Lunatic asylums Central Provinces reports 1874-1885 - 1874-1885
Year: 1874
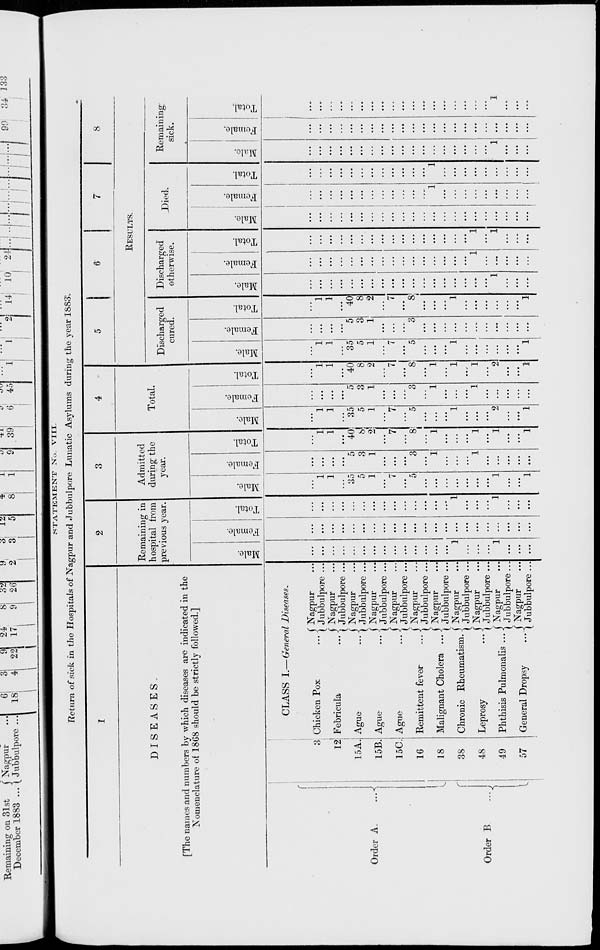
STATEMENT No. VIII.
Return of sick in the Hospitals of Nagpur and Jubbulpore Lunatic Asylums during the year 1883.
1
DISEASES.
[The names and numbers by which diseases are indicated in the
Nomenclature of 1868 should be strictly followed.]
Order A. ...
Order B ...
3
12
15A.
15B.
15C.
16
18
38
48
49
57
CLASS I.—General Diseases.
Chicken Pox ...
Febricula
...
Ague
...
Ague ...
Ague ...
Remittent fever
...
Malignant Cholera ...
Chronic Rheumatism.
Leprosy
...
Phthisis Pulmonalis ...
General Dropsy
...
Nagpur ...
Jubbulpore ...
Nagpur ...
Jubbulpore ...
Nagpur ...
Jubbulpore ...
Nagpur ...
Jubbulpore ...
Nagpur ...
Jubbulpore ...
Nagpur ...
Jubbulpore ...
Nagpur ...
Jubbulpore ...
Nagpur ...
Jubbulpore ...
Nagpur ...
Jubbulpore ...
Nagpur ...
Jubbulpore...
Nagpur ...
Jubbulpore ...
2
Remaining in
hospital from
previous year.
Male.
...
...
...
...
...
...
...
...
...
...
...
...
...
...
1
...
...
...
1
...
...
...
Female.
...
...
...
...
...
...
...
...
...
...
...
...
...
...
...
...
...
...
...
...
...
...
Total.
...
...
...
...
...
...
...
...
...
...
...
...
...
...
1
...
...
...
1
...
...
...
3
Admitted
during the
year.
Male.
...
1
1
...
35
5
1
...
7
...
5
...
...
...
...
...
...
...
1
...
...
1
Female.
...
...
...
...
5
3
1
...
...
...
3
...
1
...
...
...
1
...
...
...
...
...
Total.
...
1
1
...
40
8
2
...
7
...
8
...
1
...
...
...
1
...
1
...
...
1
4
Total.
Male.
...
1
1
...
35
5
1
...
7
...
5
...
...
...
1
...
...
...
2
...
...
1
Female.
...
...
...
...
5
3
1
...
...
...
3
...
1
...
...
...
1
...
...
...
...
...
Total.
...
1
1
...
40
8
2
....
7
...
8
...
1
...
1
...
1
...
2
....
...
1
5
6
7
8
RESULTS.
Discharged
cured.
Male.
...
1
1
...
35
5
1
...
7
...
5
...
...
...
1
...
...
...
...
...
...
1
Female.
...
...
...
...
5
3
1
...
...
...
3
...
...
...
...
...
...
...
....
...
...
...
Total.
...
1
1
...
40
8
2
...
7
...
8
...
...
...
1
...
...
...
...
...
...
1
Discharged
otherwise.
Male.
...
...
...
...
...
...
...
...
...
...
...
...
...
...
...
...
...
...
1
...
...
...
Female.
...
...
...
...
...
....
...
...
...
...
...
...
...
...
...
...
1
...
...
...
...
...
Total.
...
...
...
...
...
...
...
...
...
...
...
...
...
...
...
...
1
...
1
...
...
...
Died.
Male.
...
...
...
...
...
...
...
...
...
...
...
...
...
...
...
...
...
...
...
...
...
...
Female.
...
...
...
....
...
...
...
...
...
...
...
...
1
...
...
...
...
...
...
...
...
...
Total.
...
...
...
...
...
...
...
...
...
...
...
...
1
...
...
...
...
...
...
...
...
...
Remaining
sick.
Male.
...
...
...
...
...
...
...
...
...
...
...
...
...
...
...
...
...
...
1
...
...
...
Female.
...
...
...
...
...
...
...
...
...
...
...
...
...
...
...
...
...
...
...
...
...
...
Total.
...
...
...
...
...
...
...
...
...
...
...
...
...
...
...
...
...
...
1
...
...
...